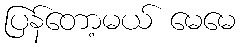
ပြန်တော့မယ် မေမေ